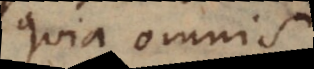
quia omnis